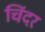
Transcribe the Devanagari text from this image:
चिंदर